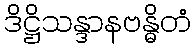
ဒိဋ္ဌိသန္ဒာနဗန္ဓိတံ